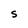
Character: S